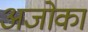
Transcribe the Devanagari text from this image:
अजोका